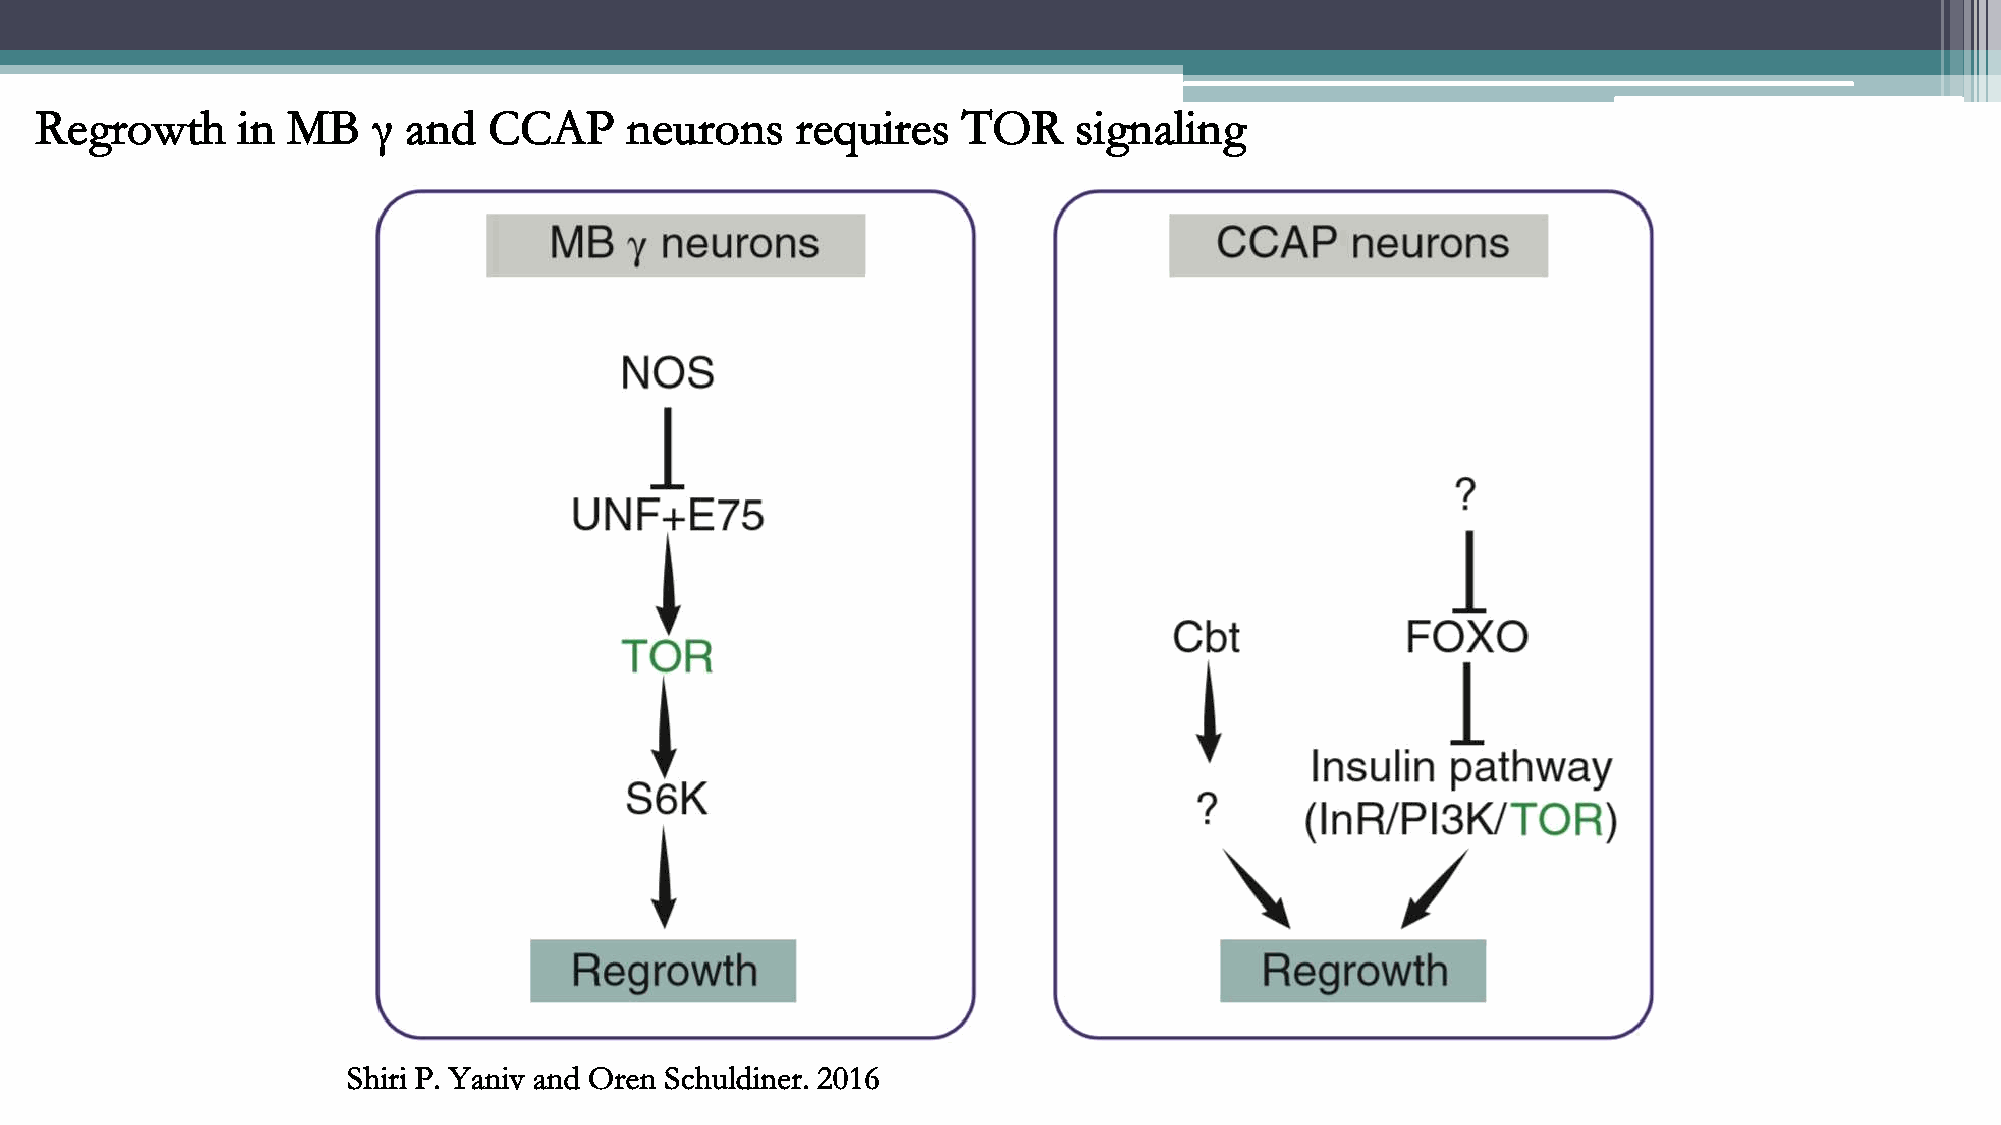
Regrowth      in MB    γ and  CCAP     neurons     requires   TOR    signaling
 Shiri P. Yaniv and Oren Schuldiner. 2016